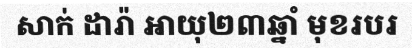
សាក់ ដារ៉ា អាយុ២៣ឆ្នាំ មុខរបរ